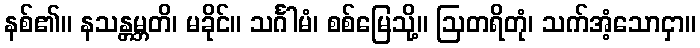
နစ်၏။ နသန္တမ္ဘတိ၊ မခိုင်။ သင်္ဂါမံ၊ စစ်မြေသို့။ ဩတရိတုံ၊ သက်အံ့သောငှာ။